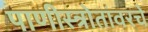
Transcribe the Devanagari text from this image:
पाणीस्त्रोतांवरचे